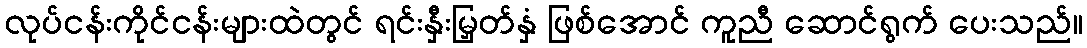
လုပ်ငန်းကိုင်ငန်းများထဲတွင် ရင်းနှီးမြှတ်နှံ ဖြစ်အောင် ကူညီ ဆောင်ရွက် ပေးသည်။